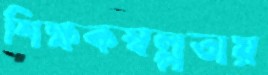
শিক্ষকস্বল্পতায়